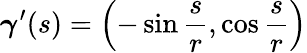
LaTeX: {\boldsymbol{\gamma}}^{\prime}(s)=\left(-\sin{\frac{s}{r}},\cos{\frac{s}{r}}\right)